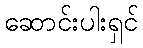
ဆောင်းပါးရှင်